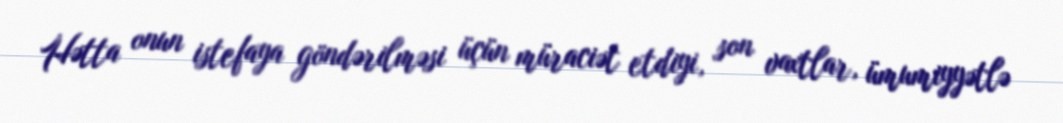
Hətta onun istefaya göndərilməsi üçün müraciət etdiyi, son vaxtlar, ümumiyyətlə